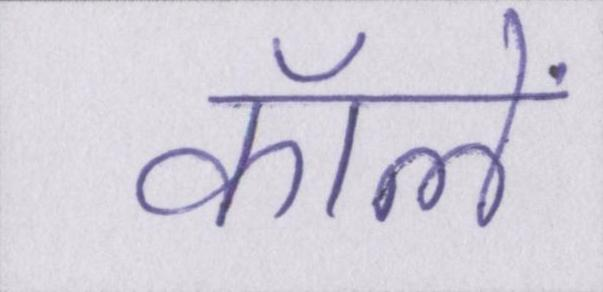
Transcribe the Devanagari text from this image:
कॉलें